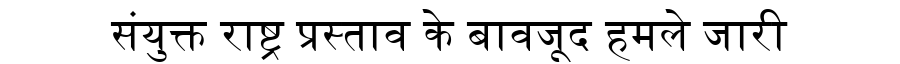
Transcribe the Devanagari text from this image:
संयुक्त राष्ट्र प्रस्ताव के बावजूद हमले जारी